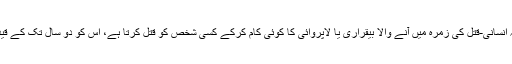
اِس کے تحت جو کوئی بھی شخص مجرمانہ انسانی-قتل کی زمرہ میں آنے والا بیقراری یا لاپروائی کا کوئی کام کرکے کِسی شخص کو قتل کرتا ہے، اُس کو دو سال تک کے قید یا جرمانے یا دونوں کی سزا ہو سکتی ہے۔